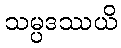
သမ္ပဒဿယိ